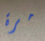
مرة